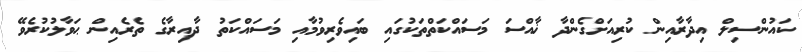
ކައުންސިލް އިދާރާއިން ކުރިއަށްގެންދާ ޚާއްސަ މަސައްކަތްތަކުގައި ބައިވެރިވުމާއި މަސައްކަތު ދާއިރާގެ ތެރެއިން ޙަވާލުކުރެވޭ